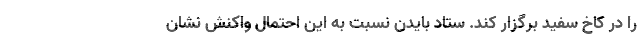
را در کاخ سفید برگزار کند. ستاد بایدن نسبت به این احتمال واکنش نشان